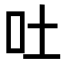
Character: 吐